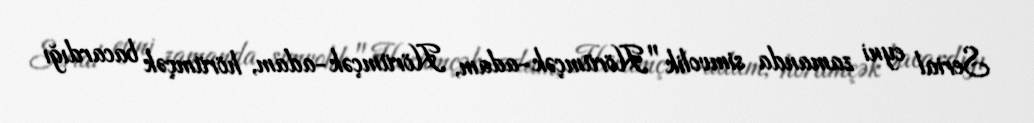
Serial eyni zamanda simvolik "Hörümçək-adam, Hörümçək-adam, hörümçək bacardığı